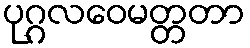
ပုဂ္ဂလဝေမတ္တတာ